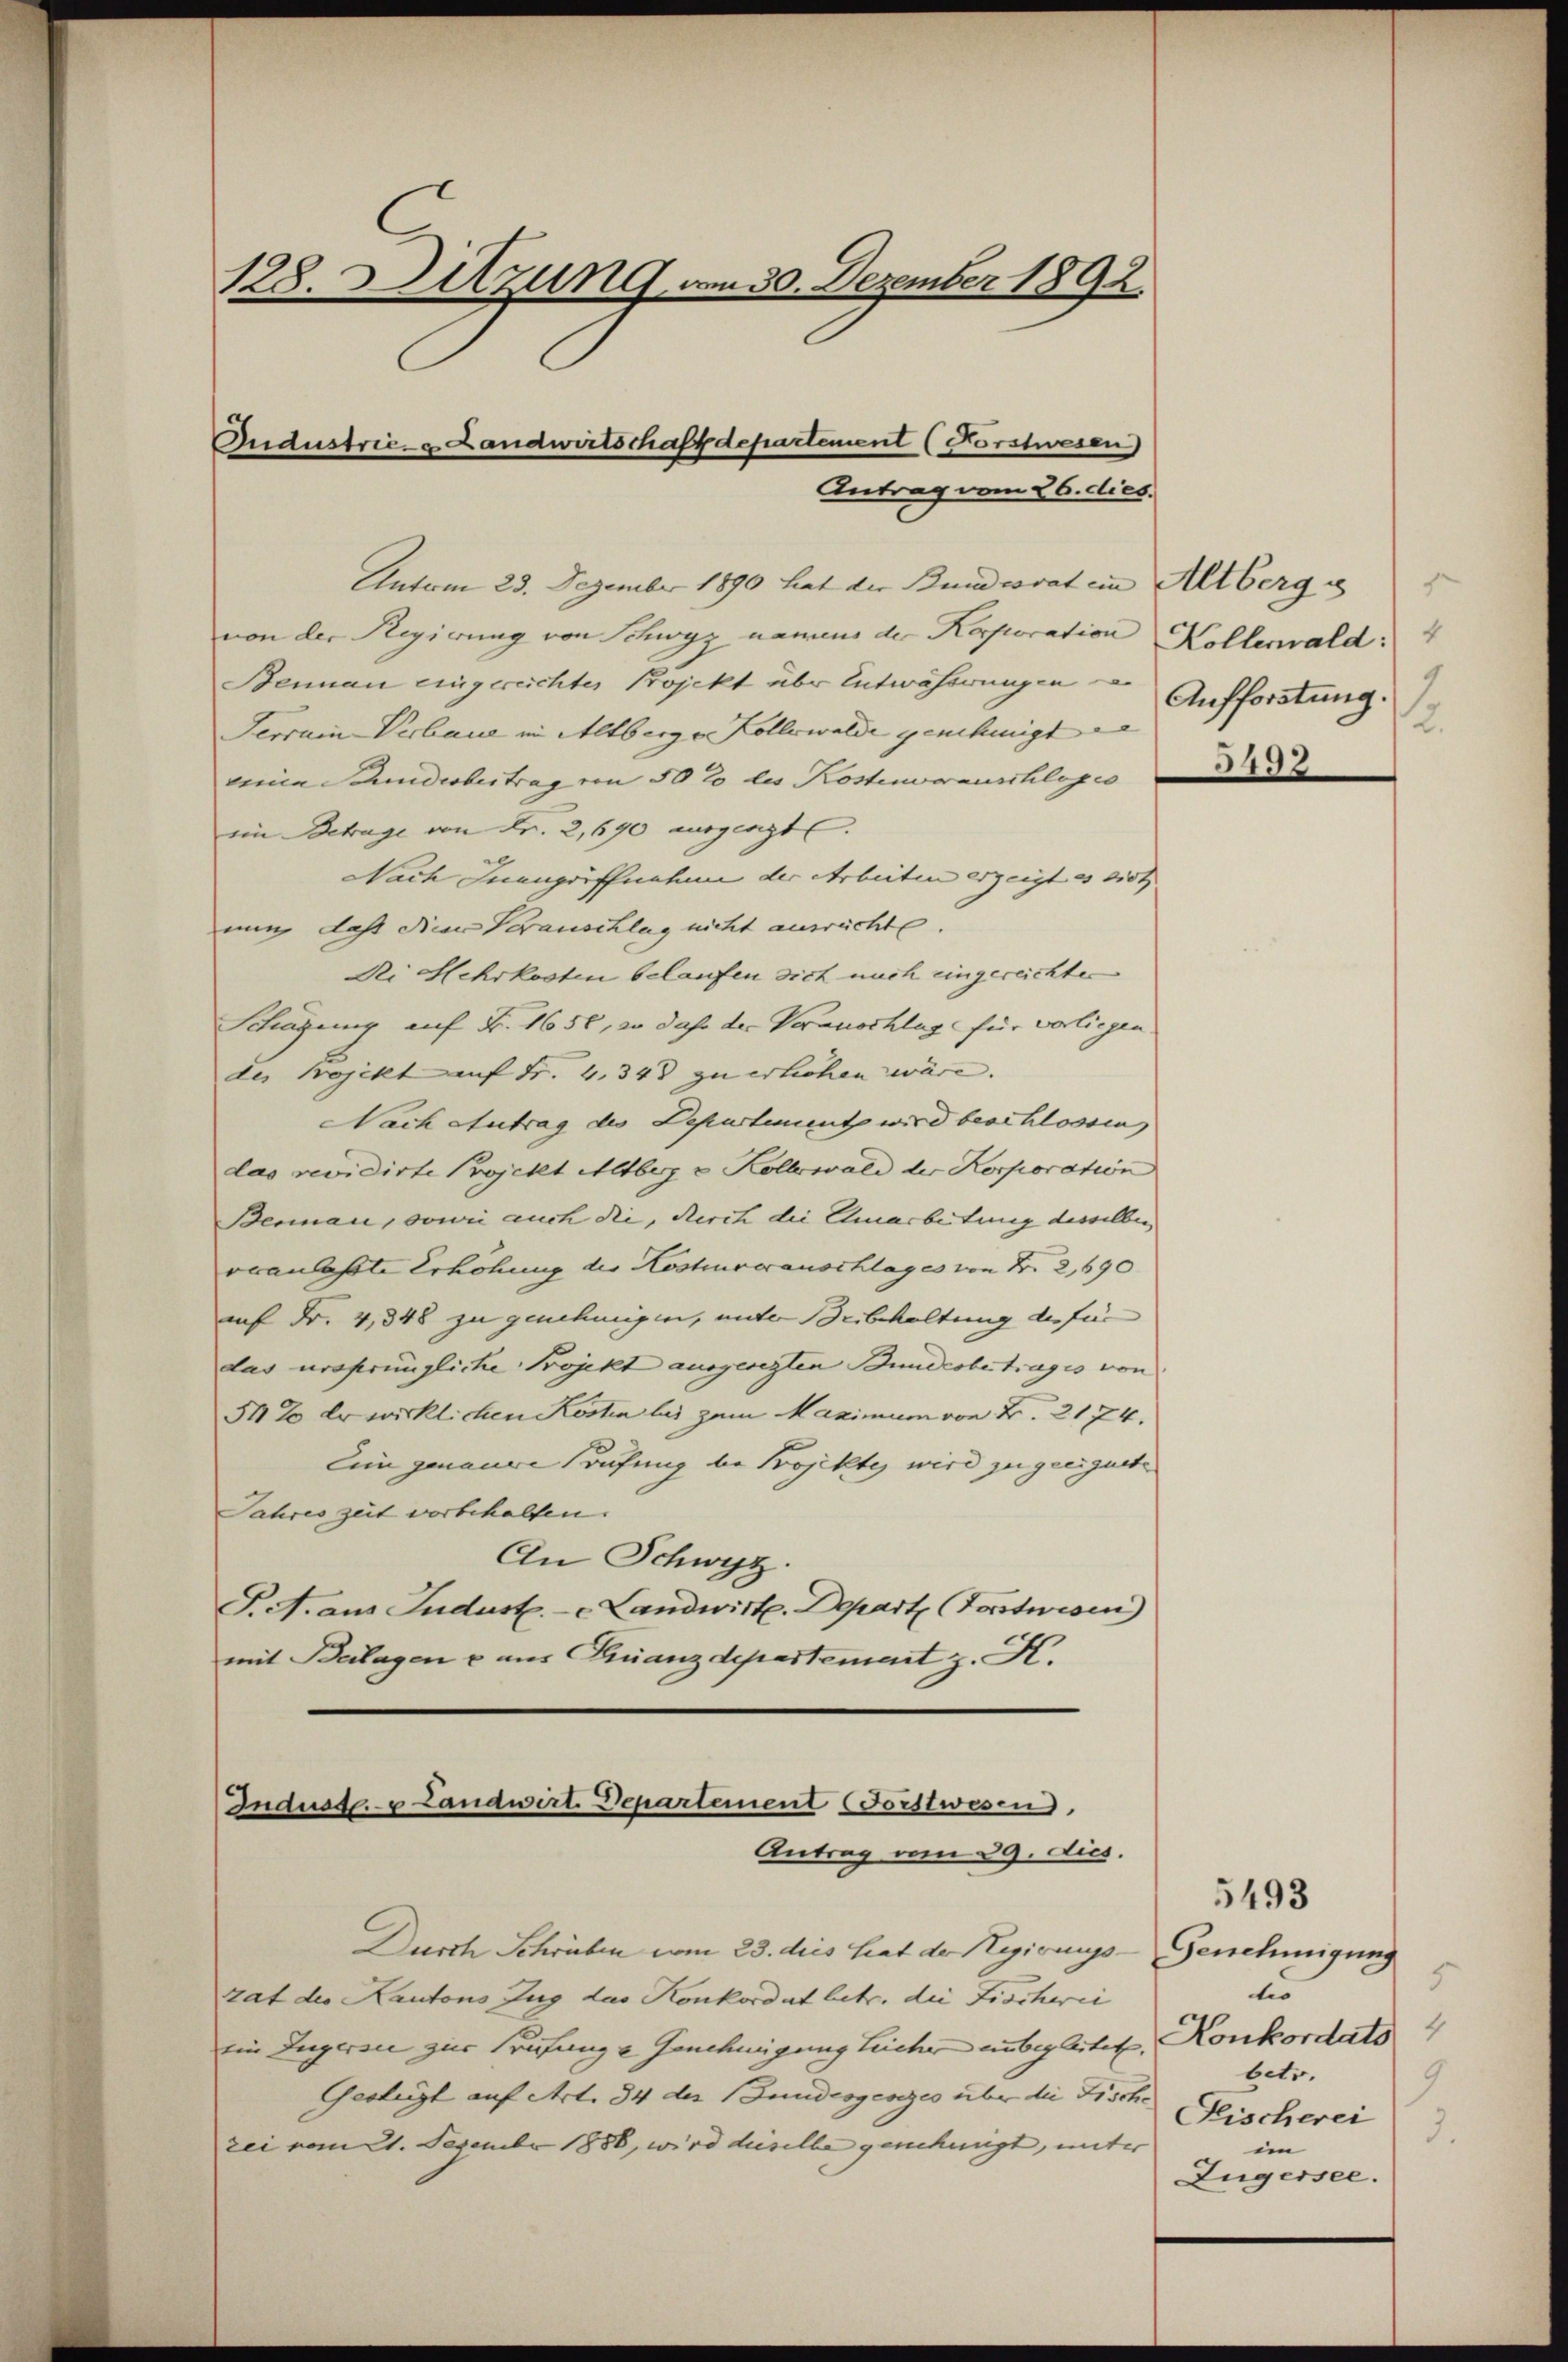
128. Sitzung am 30. 2
ember 1
42.
Ondustrie- & Landwirtschaft departement (Forstwesen)
Antrag vom 26. dies

Durch Schriben vom 23. dies hat der Hegirungs-Genehmigung
tat des Kantons Zug das Konkordat betr. die Fischei
ein Zugersie zur Prüfung - Genehmigung leiche unbegleitet. Konkordats
Geslegt auf Art. 34 der Bundesgesezes über die Fische
zei vom 21. Dezember 1888, wird dieselbe genehmigt, unter

Indusdau Landwirt-Departement (Forstwesen,
Antrag vom 29. dies.

Anton 23. Dezember 1890 hat der Bundesrat ein Altberg u
von der Regierung von Schwyz namens der Korporation Kollerwald: 4
Beinau eingereichter Projekt über Entwässerungen
Ferrain-Verbaue in Altberg v. Kollerwalde genehmigt in |
reine Bundesbeitrag von 50 lo des Kostenvorauschlages
eim Betrage von Fr. 2,690 ausgeste
Nach Inangriffnahme der Arbeiten erzeigt es dist
nung, daß dieer Vorauschlag nicht ausrechte.
Ri Hehrkosten belaufen sich mich eingereichter
Schägung auf Fr. 1656, wo daß der Veranschlag für vorliegen.
des Projekt auf Fr. 4, 343 zu erliehen wäre.
Nach Antrag des Departement wird beschlossen
das revidirte Projekt Altberg v. Kollewald der Korporation
Berman, sowie auch die, durch die Umarbeitung desselben
oranlaßte Erhöhung des Kosteurerauschlages von Nr. 2,690
auf Fr. 4,348 zu genehmigen, unter Beibehaltung des für
das ursprüngliche Projekt ausgesezten Bundcobetrages von
542. Er wirklichen Kosten las zum Maximum von B. 2174.
Ein genauere Prüfung be Projektes wird zu geeignete
Jahres zeit vorbehalten. |
An Schwyz
T. A. aus Jndust. - - Landwirt. Depart Forstwesen
mit Beilagen u aus Finanzdepartement z. K.

f
Aufforstung.
2.

3492

.
tis
betr.
9
Fischerei
3.
im
Zugersee.

5493